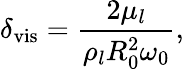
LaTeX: \delta_{\mathrm{vis}}=\frac{2\mu_{l}}{\rho_{l}R_{0}^{2}\omega_{0}},